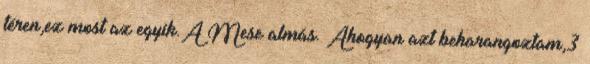
téren,ez most az egyik.A Mese almás. Ahogyan azt beharangoztam,3